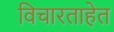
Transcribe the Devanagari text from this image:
विचारताहेत